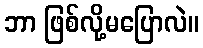
ဘာ ဖြစ်လို့မပြောလဲ။